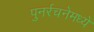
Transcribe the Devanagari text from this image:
पुनर्रचनेमध्ये